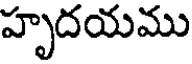
హృదయము